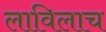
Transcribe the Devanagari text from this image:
लाविलाच